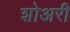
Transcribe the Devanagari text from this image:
शोअरी